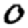
Digit: 0